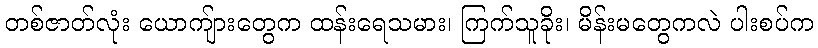
တစ်ဇာတ်လုံး ယောကျ်ားတွေက ထန်းရေသမား၊ ကြက်သူခိုး၊ မိန်းမတွေကလဲ ပါးစပ်က